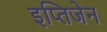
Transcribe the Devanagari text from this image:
इप्तिजेन